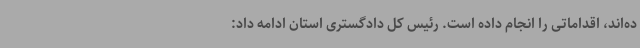
ده‌اند، اقداماتی را انجام داده است. رئیس کل دادگستری استان ادامه داد: